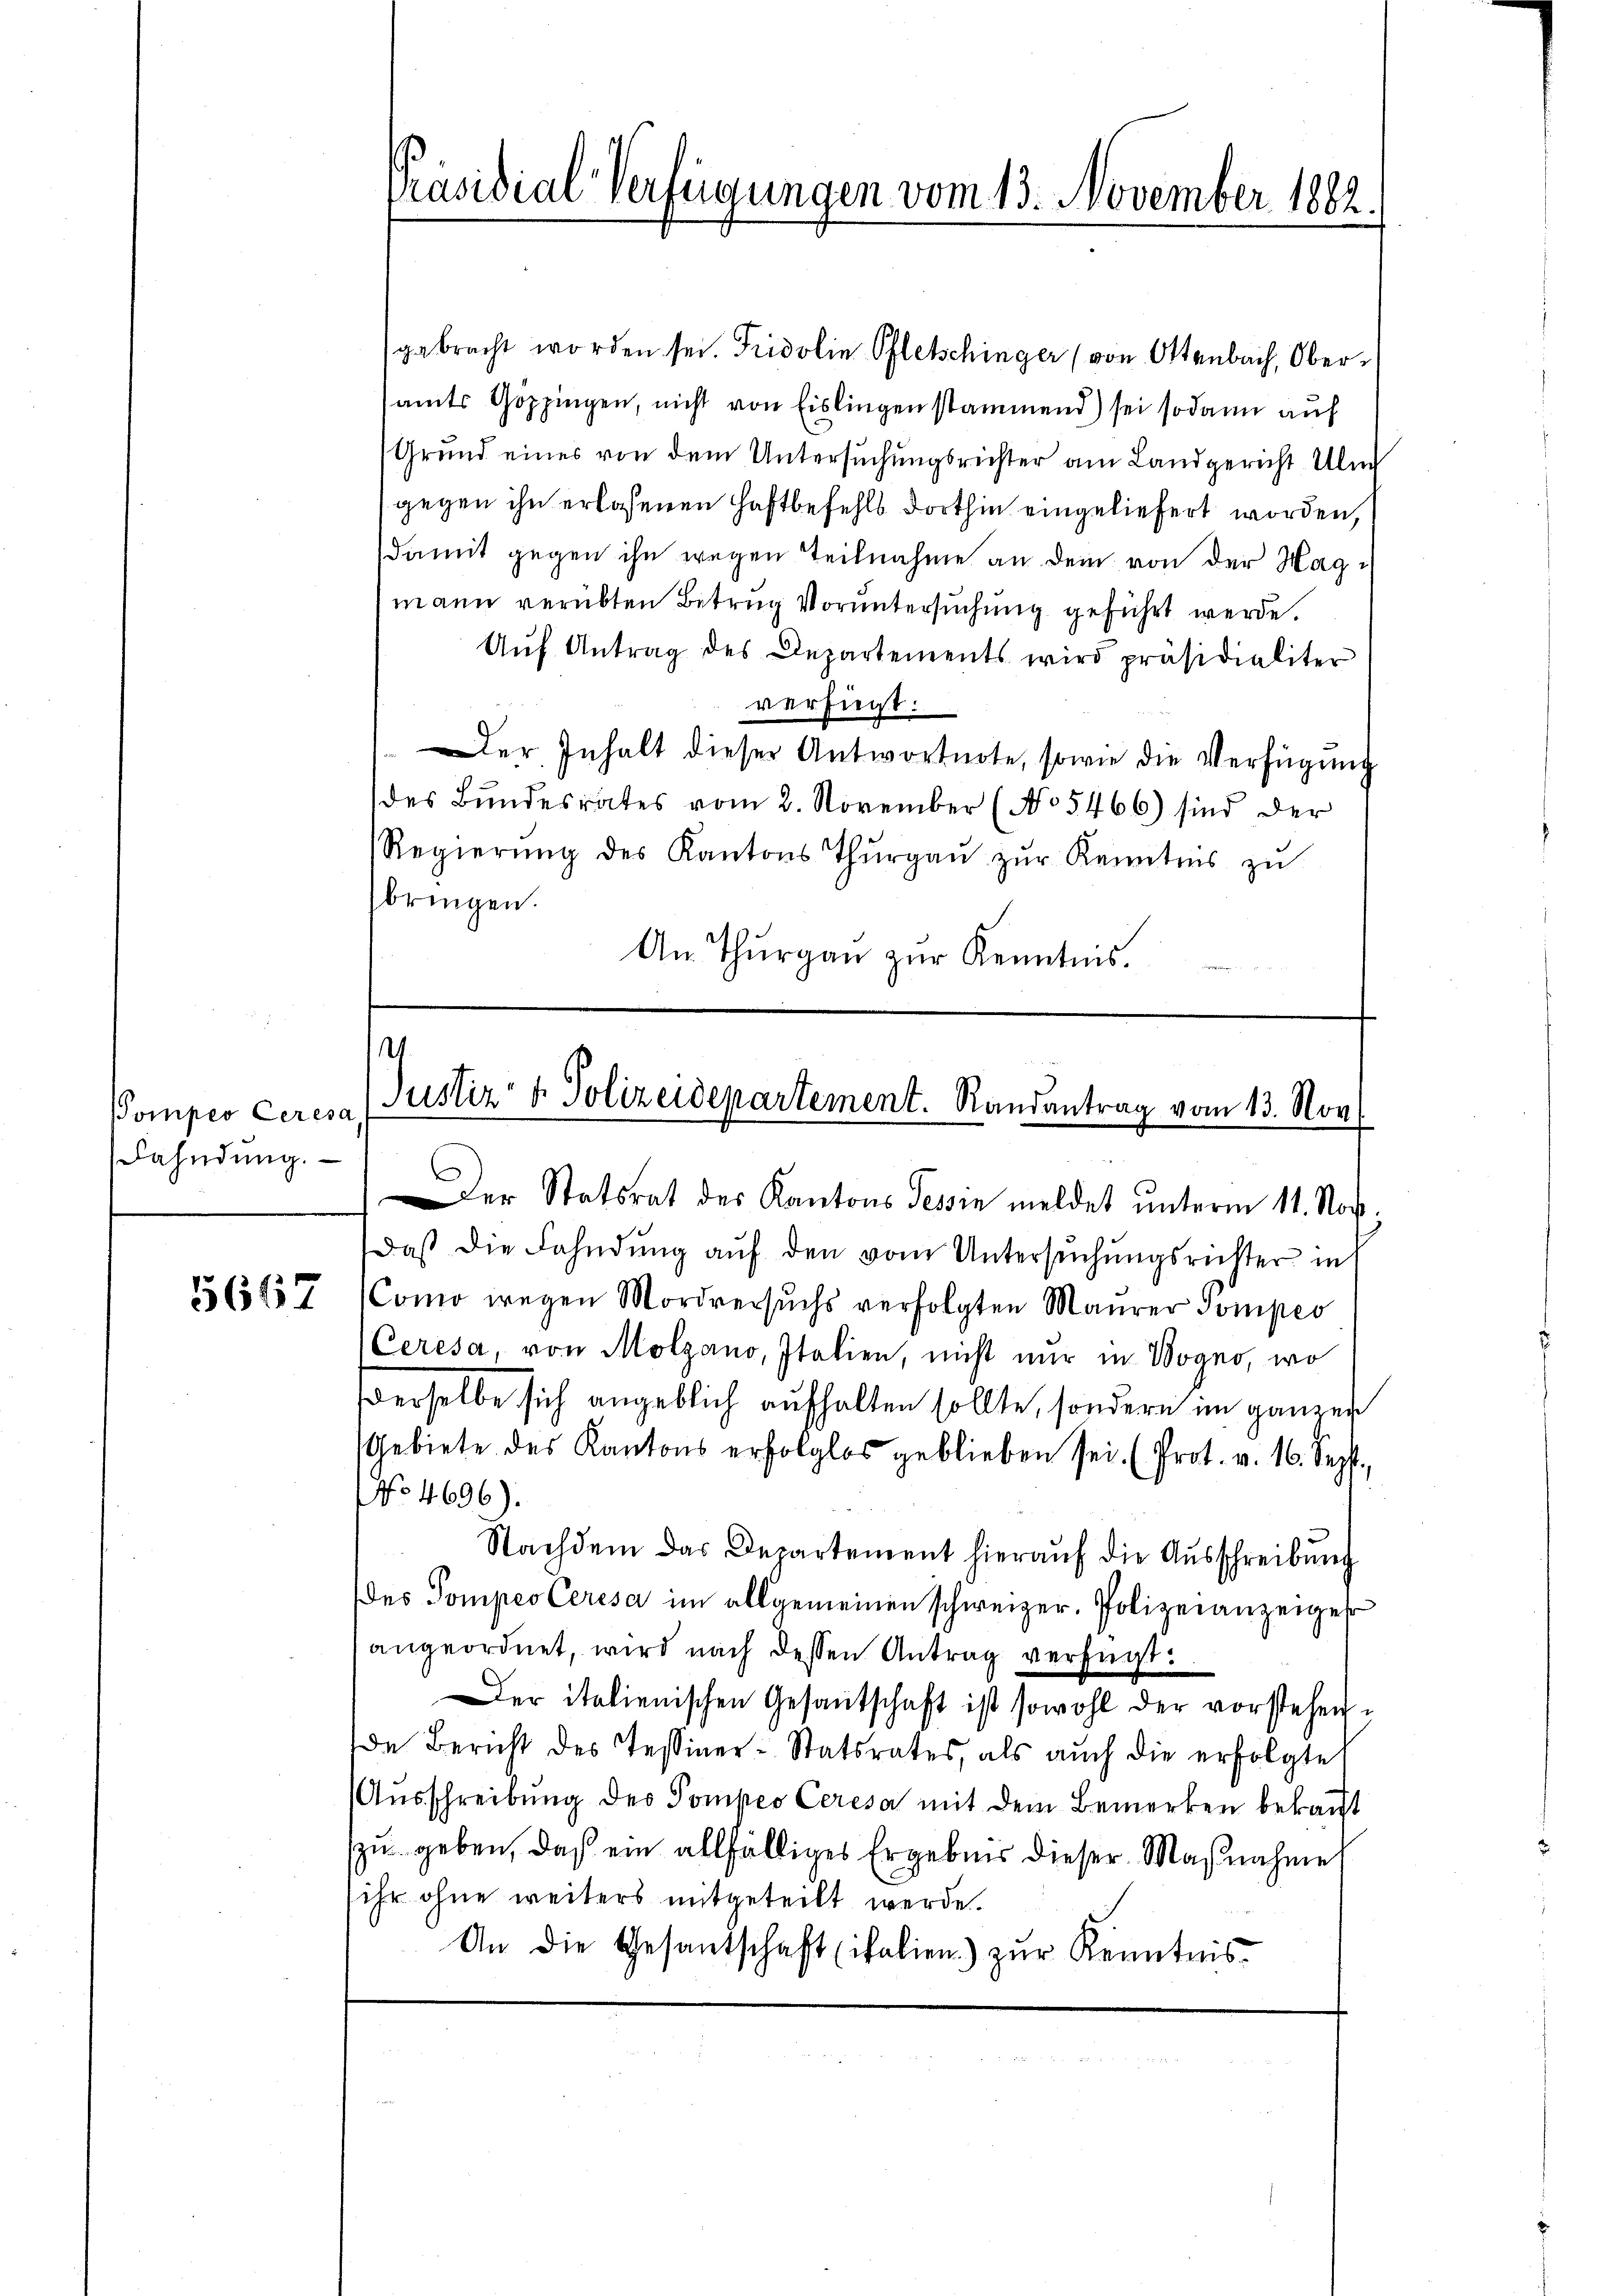
Pomper Ceresa,
Fahndung.

5667

Präsidial-Verfügungen vom 13. November 1882.

gebracht worden sei. Fridolie Pfletschinger (von Ottenbach, Oberamts Göppingen, nicht von Eislingen stammend) sei sodann auf
Grund eines von dem Untersuchungsrichter am Landgericht Ulm
gegen ihn erlassenen Haftbefehls dorthin eingeliefert worden,
damit gegen ihn wegen Teilnahme an dem von der Hagmann verübten Betrug Voruntersuchung geführt werde.
Aŭf Antrag des Departements wird präsidialiter
verfügt:
Der Inhalt dieser Antwortnote, sowie die Verfügung
des Bundesrates vom 2. November (No 5466) sind der
Regierŭng des Kantons Thŭrgaŭ zŭr Kenntnis zŭ
bringen.
An Thurgau zur Kenntnis.

.
Justiz & Polizeidepartement. Randantrag vom 13. Nov.
Der Statsrat des Kantons Tessin meldet unterm 11. Nov.

daβ die Fahndŭng aŭf den vom Untersŭchŭngsrichter in
(Como wegen Mordversuchs verfolgten Maurer Compes
(Ceresa, von Molgano, Italien, nicht nur in Vogno, wo
derselbe sich angeblich aufhalten sollte, sondern im ganzer
Gebiete des Kantons erfolglos geblieben sei. (Prot. v. 16. Sept.,
No 4696).
Nachdem das Departement hieraŭf die Aŭsschreibŭng
des Pompeo Ceresa im allgemeinen schweizer. Polizeianzeiges
angeordnet, wird nach dessen Antrag verfügt:
Der italienischen Gesantschaft ist sowohl der vorstehen.
de Bericht des Tessiner-Statsrates, als auch die erfolgte
Aŭsschreibŭng des Pompeo Ceresa mit dem Bemerken bekannt
zu geben, daß ein allfälliges Ergebnis dieser Maßnahme
ihr ohne weiters mitgeteilt werde.
An die Gesantschaft (italien) zur Kenntnis¬